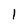
Character: l